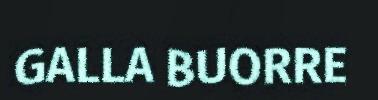
GALLA BUORRE